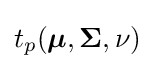
t_{p}({\boldsymbol {\mu }},{\boldsymbol {\Sigma }},\nu )